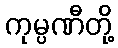
ကုမ္ပဏီတို့